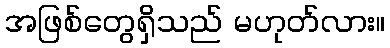
အဖြစ်တွေရှိသည် မဟုတ်လား။